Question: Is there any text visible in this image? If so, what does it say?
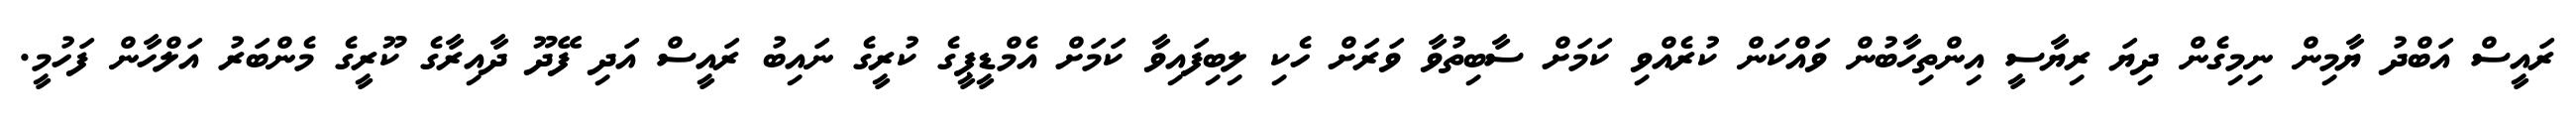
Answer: ރައީސް އަބްދު ޔާމިން ނިމިގެން ދިޔަ ރިޔާސީ އިންތިހާބުން ވައްކަން ކުރެއްވި ކަމަށް ސާބިތުވާ ވަރަށް ހެކި ލިބިފައިވާ ކަމަށް އެމްޑީޕީގެ ކުރީގެ ނައިބު ރައީސް އަދި ފޭދޫ ދާއިރާގެ ކޫރީގެ މެންބަރު އަލްހާން ފަހުމީ.